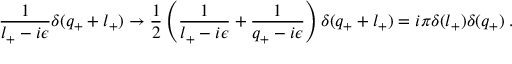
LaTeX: \frac { 1 } { l _ { + } - i \epsilon } \delta ( q _ { + } + l _ { + } ) \to \frac { 1 } { 2 } \left( \frac { 1 } { l _ { + } - i \epsilon } + \frac { 1 } { q _ { + } - i \epsilon } \right) \delta ( q _ { + } + l _ { + } ) = i \pi \delta ( l _ { + } ) \delta ( q _ { + } ) \; .